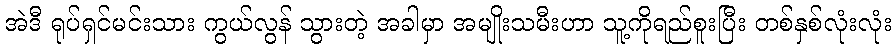
အဲဒီ ရုပ်ရှင်မင်းသား ကွယ်လွန် သွားတဲ့ အခါမှာ အမျိုးသမီးဟာ သူ့ကိုရည်စူးပြီး တစ်နှစ်လုံးလုံး